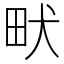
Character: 畎